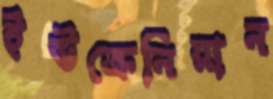
ইউক্রেনিয়ান